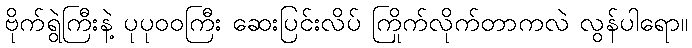
ဗိုက်ရွဲကြီးနဲ့ ပုပုဝဝကြီး ဆေးပြင်းလိပ် ကြိုက်လိုက်တာကလဲ လွန်ပါရော။